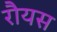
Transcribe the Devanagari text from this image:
रौयस